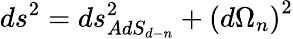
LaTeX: ds^{2}=ds_{AdS_{d-n}}^{2}+\left(d\Omega_{n}\right)^{2}